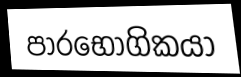
පාරභෝගිකයා